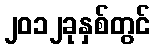
၂၀၁၂ခုနှစ်တွင်